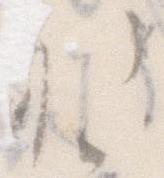
お